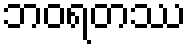
ဘဝရတဿ